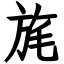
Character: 旄